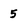
Character: 5